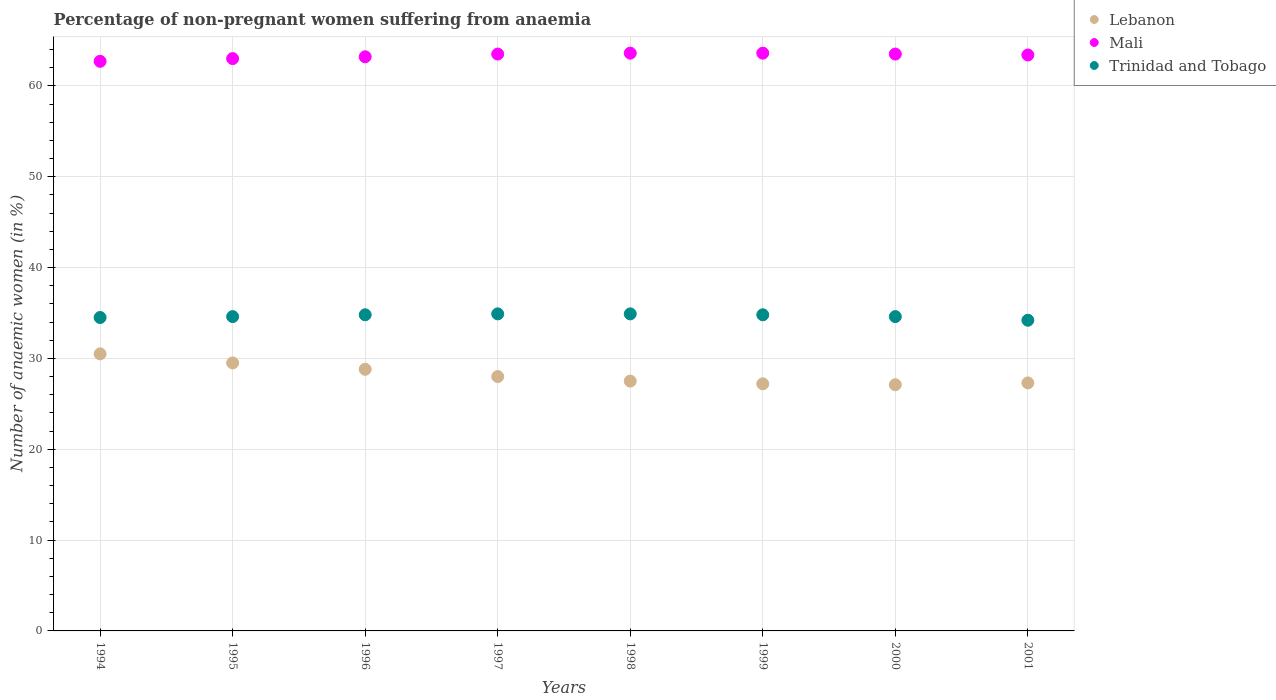
| Years | Lebanon | Mali | Trinidad and Tobago |
 | --- | --- | --- | --- |
 | 1994 | 30.5 | 62.7 | 34.5 |
 | 1995 | 29.5 | 63 | 34.6 |
 | 1996 | 28.8 | 63.2 | 34.8 |
 | 1997 | 28 | 63.5 | 34.9 |
 | 1998 | 27.5 | 63.6 | 34.9 |
 | 1999 | 27.2 | 63.6 | 34.8 |
 | 2000 | 27.1 | 63.5 | 34.6 |
 | 2001 | 27.3 | 63.4 | 34.2 |